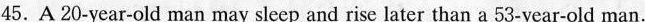
45.A 20-year-old man may sleep and rise later than a 53-year-old man.